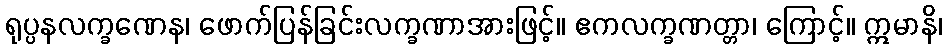
ရုပ္ပနလက္ခဏေန၊ ဖောက်ပြန်ခြင်းလက္ခဏာအားဖြင့်။ ဧကလက္ခဏတ္တာ၊ ကြောင့်။ ဣမာနိ၊